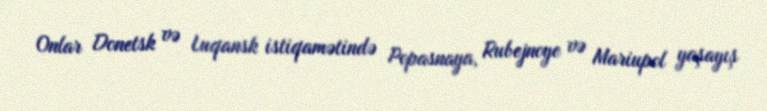
Onlar Donetsk və Luqansk istiqamətində Popasnaya, Rubejnoye və Mariupol yaşayış